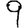
Digit: 9